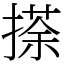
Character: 𢴉